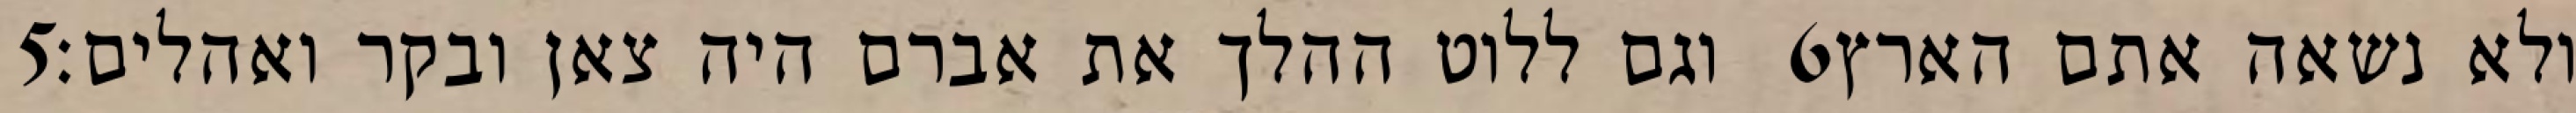
‎5‏ וגם ללוט ההלך את אברם היה צאן ובקר ואהלים׃ ‎6‏ ולא נשאה אתם הארץ